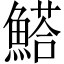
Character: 𩺗